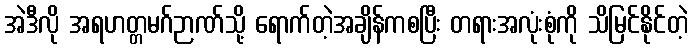
အဲဒီလို အရဟတ္တမဂ်ဉာဏ်သို့ ရောက်တဲ့အချိန်ကစပြီး တရားအလုံးစုံကို သိမြင်နိုင်တဲ့